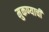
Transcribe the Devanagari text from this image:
मुकण्याची